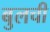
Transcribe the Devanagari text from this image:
बुलची